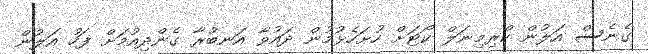
ގެނެސް އަލުން ކްރިމިނަލް ކޯޓަށް ހުށަހެޅުމުން ދައުވާ އަނބުރާ ގެންދިއުމަށް ފަހު އަލުން